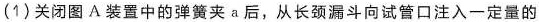
(1)关闭图A装置中的弹簧夹a后，从长颈漏斗向试管口注入一定量的